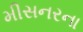
મીસનરના